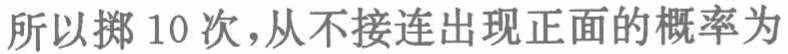
所以掷 10 次，从不接连出现正面的概率为